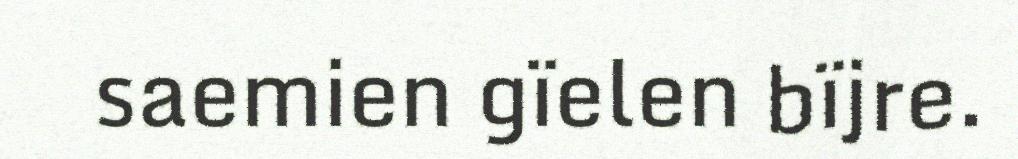
saemien gïelen bïjre.